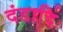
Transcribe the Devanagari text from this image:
दंडादि